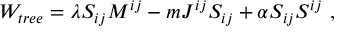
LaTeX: W _ { t r e e } = \lambda S _ { i j } M ^ { i j } - m J ^ { i j } S _ { i j } + \alpha S _ { i j } S ^ { i j } \ ,